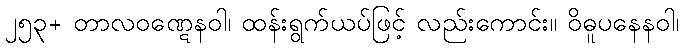
၂၅၃+ တာလဝဏ္ဋေနဝါ၊ ထန်းရွက်ယပ်ဖြင့် လည်းကောင်း။ ဝိဓူပနေနဝါ၊